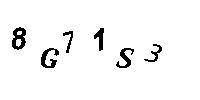
8G71S3